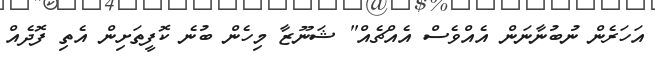
އަހަރެން ނުބުނާނަން އެއްވެސް އެއްޗެއް" ޝަނޫޒާ މިހެން ބުނެ ކޮފީތަށިން އެތި ފޮދެއް